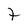
Character: 7